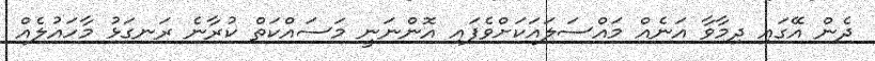
ދެން އޭގައި ދިމާވާ އަނެއް މައްސަލައަކަށްވެފައި އޮންނަނީ މަސައްކަތް ކުރާނެ ރަނގަޅު މާހައުލެއް